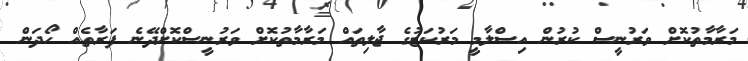
މަރާމާތުކޮށް ވަރުނީސް ކުރުން އިސްލާމީ މަރުކަޒުގެ ޖާލިތައް މަރާމާތުކޮށް ވަރުނީސްކޮށްދޭނެ ފަރާތެއް ހޯދަން